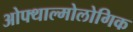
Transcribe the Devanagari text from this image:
ओफ्थाल्मोलोगिक